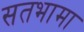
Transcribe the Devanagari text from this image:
सतभामा